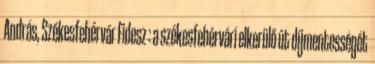
András, Székesfehérvár Fidesz : a székesfehérvári elkerülő út díjmentességét